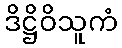
ဒိဋ္ဌိဝိသူကံ